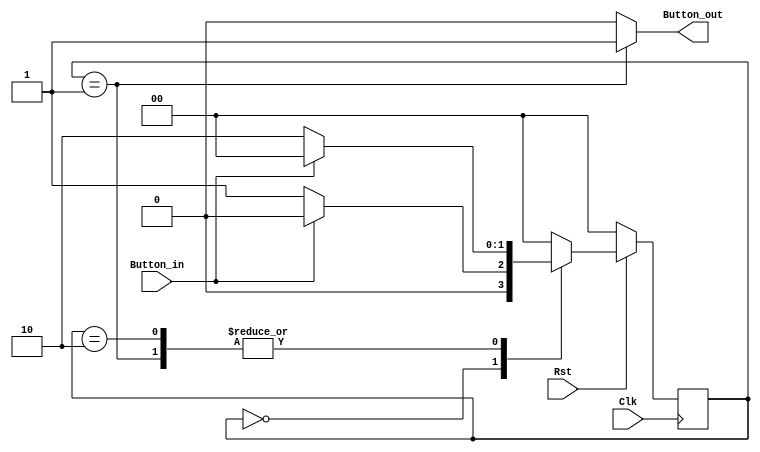
`timescale 1ns/10ps
module MyButtonShaper_Enter(Button_in, Button_out, Clk, Rst);
input Button_in;
output Button_out;
reg Button_out;
input Clk, Rst;

parameter S_Off=0, S_On1=1, S_On2=2;

reg [1:0] State, StateNext;

//Comb Logic
always @(State, Button_in)
begin
case (State)
S_Off: begin
		Button_out <= 0;
		if(Button_in == 0)
		begin
		StateNext <= S_On1;
		end
		else
		begin
		StateNext <= S_Off;
		end
	   end
S_On1: begin
		Button_out <= 1;
		if(Button_in == 0)
		begin
		StateNext <= S_On2;
		end
		else
		begin
		StateNext <= S_Off;
		end
	   end
S_On2: begin
		Button_out <= 0;
		if(Button_in == 0)
		begin
		StateNext <= S_On2;
		end
		else
		begin
		StateNext <= S_Off;
		end
	   end
default: begin
		Button_out <= 0;
		StateNext <= S_Off;
		end
endcase
end


// Statereg
always @(posedge Clk)
begin
if(Rst == 0)
begin
State <= S_Off;
end
else
begin
State <= StateNext;
end
end

endmodule